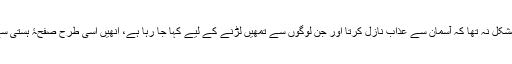
یہ امتحان اِسی مقصد سے برپا کیا جا رہا ہے، ورنہ خدا کے لیے کچھ مشکل نہ تھا کہ آسمان سے عذاب نازل کرتا اور جن لوگوں سے تمھیں لڑنے کے لیے کہا جا رہا ہے، اُنھیں اُسی طرح صفحۂ ہستی سے مٹا دیتا، جس طرح عاد و ثمود صفحۂ ہستی سے مٹا دیے گئے تھے۔